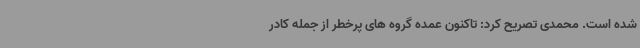
شده است. محمدی تصریح کرد: تاکنون عمده گروه های پرخطر از جمله کادر